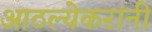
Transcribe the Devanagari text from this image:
आठल्येकरांनी